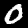
Digit: 0